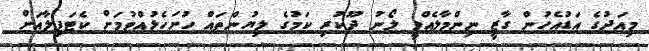
މިއަދުގެ އަޑުއެހުން ގާޒީ ނިންމާލެއްވީ ލޯނު ދޫކުރި ކަމުގެ ލިޔުންތައް ހުށަހެޅުއްވުމަށް ކެޓަޕިލާއަށް